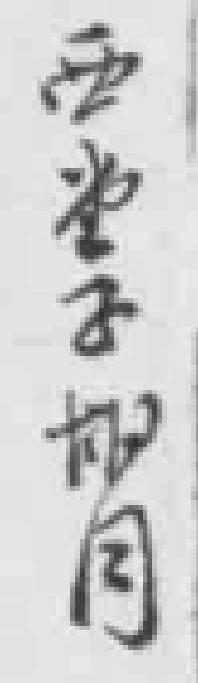
西堂子胡同